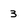
Character: 3